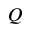
Q